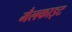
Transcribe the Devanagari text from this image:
मैलकाइट